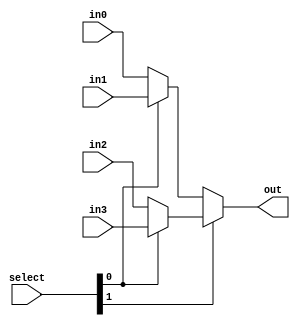
module mux_condt(
               

//port declaration

input [1:0]in0, in1, in2, in3,
input [1:0]select,             
output [1:0]out           
 );

assign out = select[1] ? (select[0] ? in3 : in2) : ( select[0] ? in1 : in0) ;  //logic expression for mux 
  
endmodule // Mux